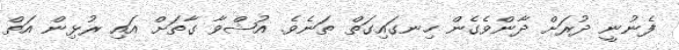
ފެނުނީ ދުރަށް ދާންވެގެން ހިނގައިގަތް ތަނެވެ. އުޝްވާ ގާތަށް އައި ރުޅިން އަތް